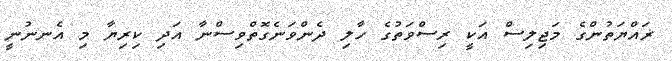
ޜައްޔަތުންގެ މަޖިލިސް އަކީ ރިސްވަތުގެ ހާލި ދެންވަަނެގޮތްވިސްނާ އަދި ކިރިޔާ މި އެނނުނީ